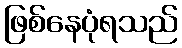
ဖြစ်နေပုံရသည်